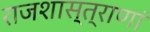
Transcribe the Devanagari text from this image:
राजशास्त्राणां